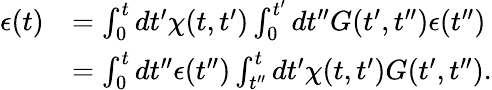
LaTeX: \begin{array}{rl}{\epsilon(t)}&{=\int_{0}^{t}dt^{\prime}\chi(t,t^{\prime})\int_{0}^{t^{\prime}}dt^{\prime\prime}G(t^{\prime},t^{\prime\prime})\epsilon(t^{\prime\prime})}\\ &{=\int_{0}^{t}dt^{\prime\prime}\epsilon(t^{\prime\prime})\int_{t^{\prime\prime}}^{t}dt^{\prime}\chi(t,t^{\prime})G(t^{\prime},t^{\prime\prime}).}\end{array}